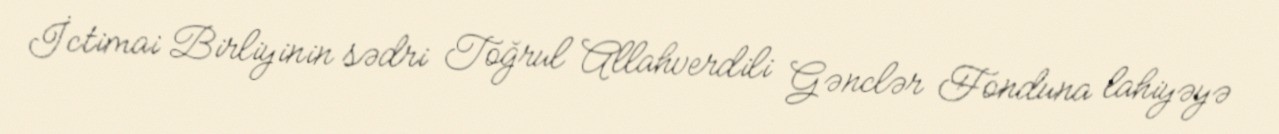
İctimai Birliyinin sədri Toğrul Allahverdili Gənclər Fonduna lahiyəyə